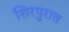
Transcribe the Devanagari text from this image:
शिरपुरात